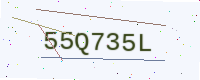
Text: 55Q735L